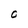
Character: O